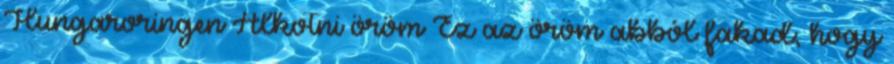
Hungaroringen Alkotni öröm Ez az öröm abból fakad, hogy